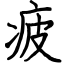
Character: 疲